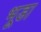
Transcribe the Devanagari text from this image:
भूडा